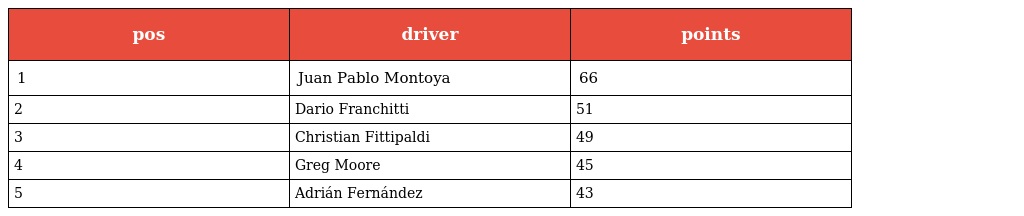
| pos | driver | points |
 | --- | --- | --- |
 | 1 | Juan Pablo Montoya | 66 |
 | 2 | Dario Franchitti | 51 |
 | 3 | Christian Fittipaldi | 49 |
 | 4 | Greg Moore | 45 |
 | 5 | Adrián Fernández | 43 |